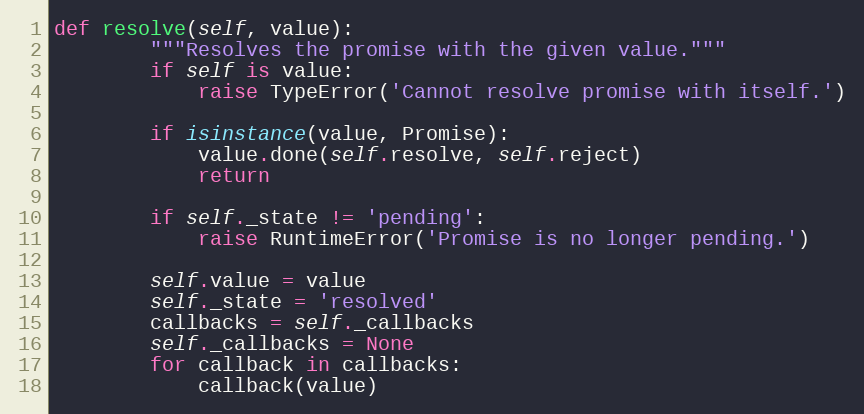
Language: Python
def resolve(self, value):
        """Resolves the promise with the given value."""
        if self is value:
            raise TypeError('Cannot resolve promise with itself.')

        if isinstance(value, Promise):
            value.done(self.resolve, self.reject)
            return

        if self._state != 'pending':
            raise RuntimeError('Promise is no longer pending.')

        self.value = value
        self._state = 'resolved'
        callbacks = self._callbacks
        self._callbacks = None
        for callback in callbacks:
            callback(value)